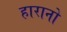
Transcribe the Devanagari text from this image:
हारानो